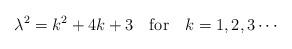
LaTeX: \begin{align*}\lambda^{2}=k^{2}+4k+3 \quad {\rm for}\quad k=1,2,3\cdots\end{align*}